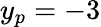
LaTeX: y_{p}=-3